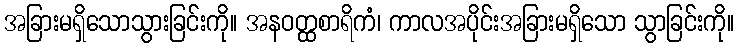
အခြားမရှိသောသွားခြင်းကို။ အနဝတ္ထစာရိကံ၊ ကာလအပိုင်းအခြားမရှိသော သွာခြင်းကို။